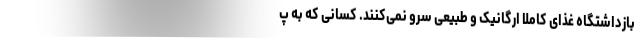
بازداشتگاه غذای کاملا ارگانیک و طبیعی سرو نمی‌کنند. کسانی که به پ